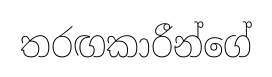
තරඟකාරීන්ගේ